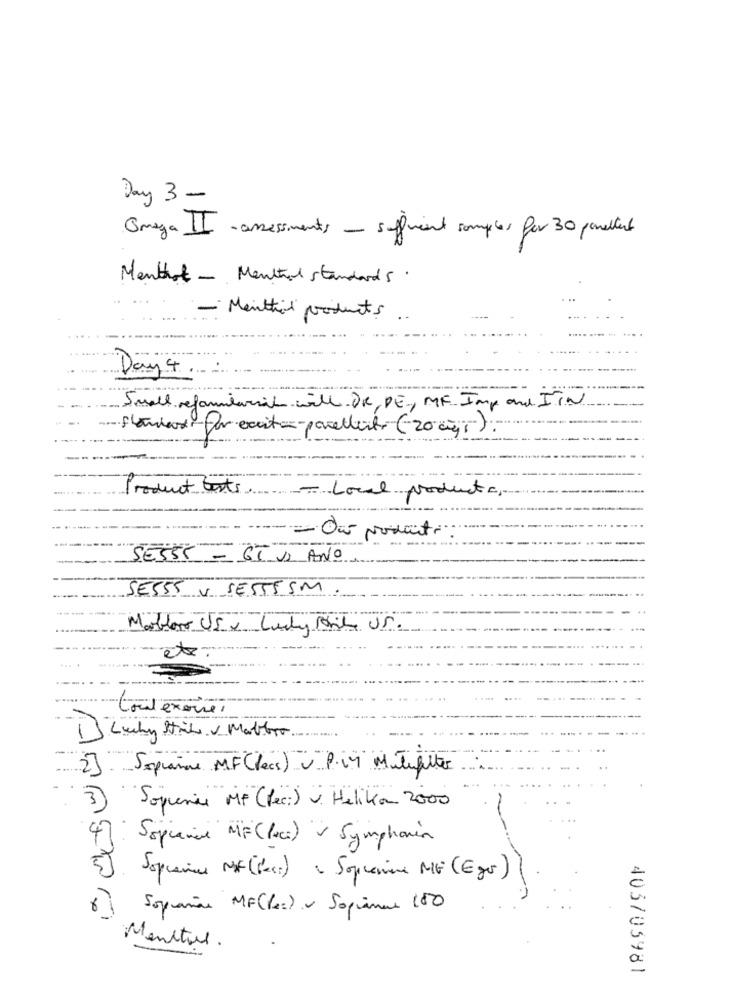
Day 3 -
Omega II -assessments - sufficient samples for 30 panellet
Menthot - Menthol standards.
...
Menttil products ..
Day 4
Small refoulerial will.DR, DE, MF. Imp and IIN
Product tests.
- Local products,
- Our products:
SESS8 - GI ANO
SE555 V SES555M
et
toutenoire,
.....
2)
Sapianne MF(lecs) v. P.14 Milifilter
3
Sopienie MF (Pec:) v. Helikon 2000
47
Sopiana MF(Pvc) - Symphonia
5)
Sopianie MF(fast) & Sopramine ME (Egs)
Sopranos MF (ec) ~ Sopianaa 180
Mental.
403705981